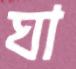
ঘা